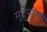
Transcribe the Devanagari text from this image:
मुद्दुराजा